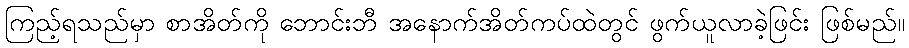
ကြည့်ရသည်မှာ စာအိတ်ကို ဘောင်းဘီ အနောက်အိတ်ကပ်ထဲတွင် ဖွက်ယူလာခဲ့ဖြင်း ဖြစ်မည်။